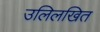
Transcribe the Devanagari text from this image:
उलिलखित